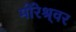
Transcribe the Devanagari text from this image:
मोरेश्र्वर